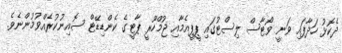
ދެކޮޅު ހަދާފައި ވަނީ ވޯޓާސް ލިސްޓުގައި ޕީޕީއެމާއި ޖުމްހޫރީ ޕާޓީގެ ކެންޑިޑޭޓް ސޮއިނުކުރެއްވުމުންނެވެ.